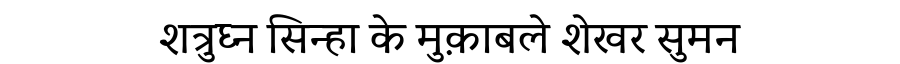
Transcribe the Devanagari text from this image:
शत्रुघ्न सिन्हा के मुक़ाबले शेखर सुमन